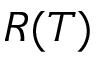
R ( T )